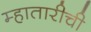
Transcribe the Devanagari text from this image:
म्हातारीची